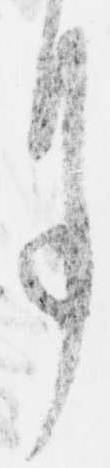
月